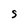
Character: S